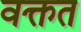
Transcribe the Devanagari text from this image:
वक्तत